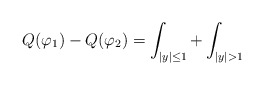
\begin{align*}Q(\varphi_1) - Q(\varphi_2) = \int_{|y|\leq 1} + \int_{|y|> 1}\end{align*}